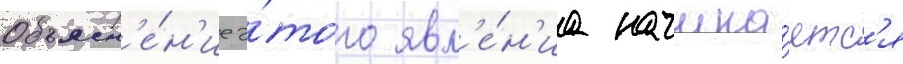
Объясн'е́н'ие э́того явл'е́н'иа начина́етс'я